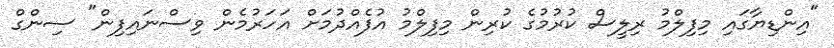
"އިންޑިޔާގައި މިފިލްމު ރިލީސް ކުރުމުގެ ކުރިން މިފިލްމު އުފެއްދުމަށް އަހަރުމެން ވިސްނައިފިން" ސިންގް